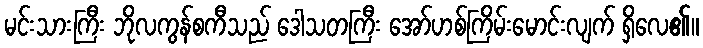
မင်းသားကြီး ဘိုလကွန်စကီသည် ဒေါသတကြီး အော်ဟစ်ကြိမ်းမောင်းလျက် ရှိလေ၏။